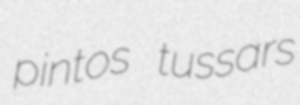
pintos tussars